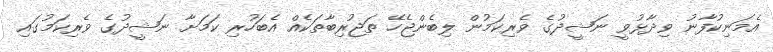
އެމަނިކުފާނު ވިދާޅުވީ ނަޝީދުގެ ވެރިކަމުން ލިބެންޖެހޭ ތަޖުރިބާތަކެއް އެބަހުރި ކަމަށާ ނަޝީދުގެ ވެރިކަމުގައި